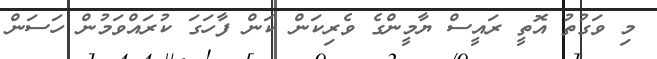
މި ވަގުތު އޮތީ ރައީސް ޔާމީންގެ ވެރިކަން ކަން ފާހަގަ ކުރައްވަމުން ހަސަން